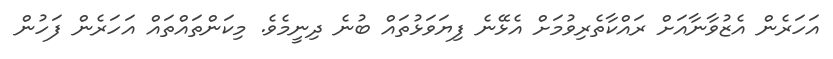
އަހަރެން އެޒުވާނާއަށް ރައްކާތެރިވުމަށް އެޅޭނެ ފިޔަވަޅުތައް ބުނެ ދިނީމެވެ. މިކަންތައްތައް އަހަރެން ފަހުން